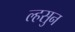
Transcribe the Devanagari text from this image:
ल्हसुन